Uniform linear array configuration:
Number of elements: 4
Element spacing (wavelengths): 0.25
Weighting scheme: blackman
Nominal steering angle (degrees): -60
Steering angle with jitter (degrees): -58.954
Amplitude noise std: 0.05
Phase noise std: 0.05

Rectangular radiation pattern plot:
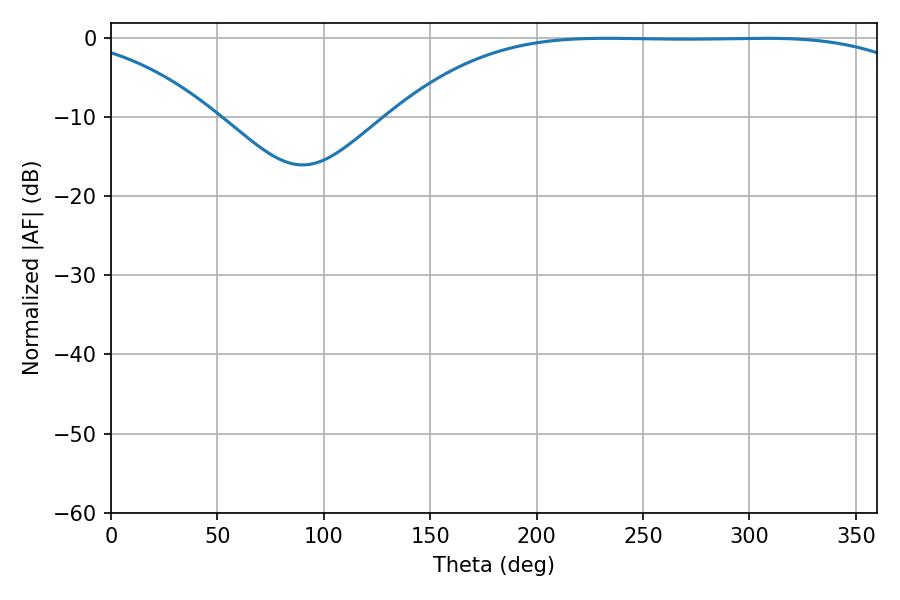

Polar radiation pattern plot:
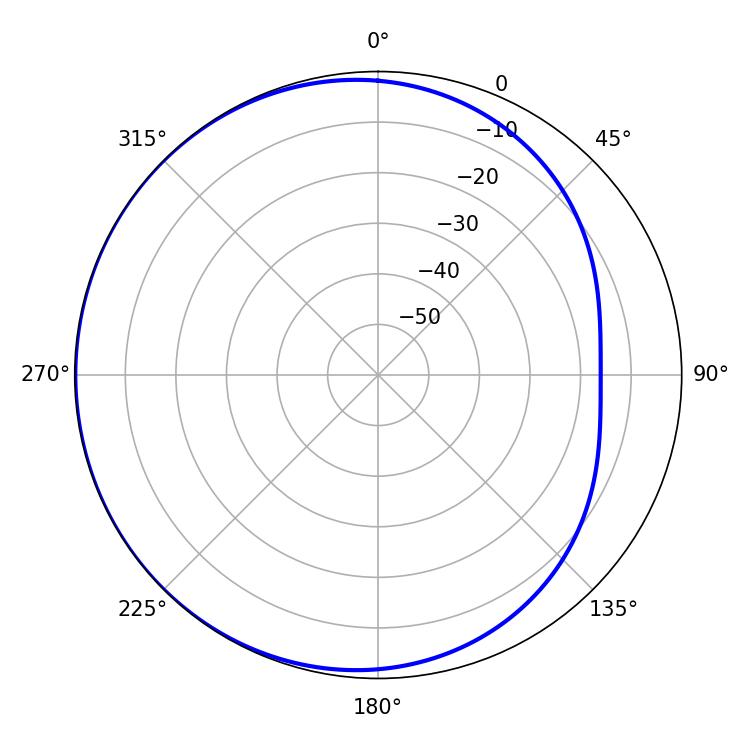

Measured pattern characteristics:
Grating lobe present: FALSE
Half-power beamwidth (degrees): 191.52
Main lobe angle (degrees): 232.92